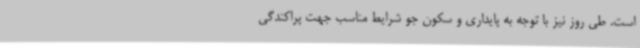
است. طی روز نیز با توجه به پایداری و سکون جو شرایط مناسب جهت پراکندگی